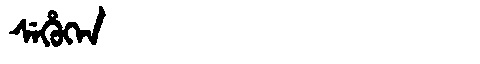
Manchu: ᠰᡝᡥᡠᡴᡝᠨ
Romanization: SEHUKEN